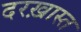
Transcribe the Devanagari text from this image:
दरख़ास्त